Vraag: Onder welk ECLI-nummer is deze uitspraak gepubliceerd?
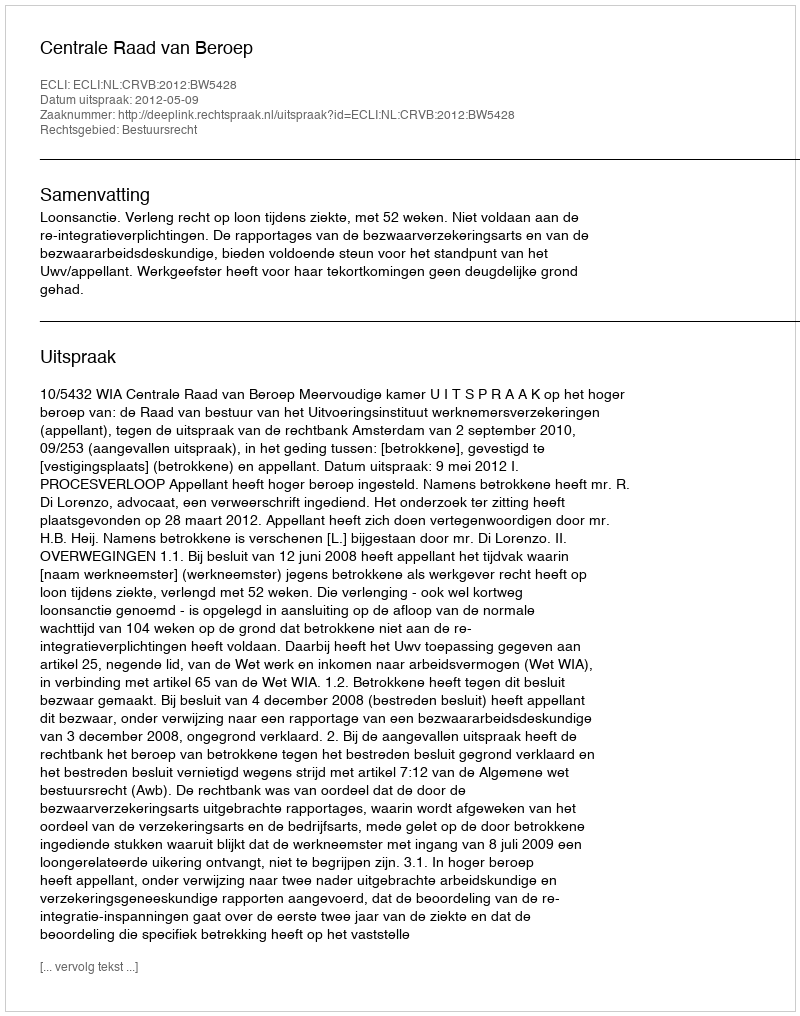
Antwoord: ECLI:NL:CRVB:2012:BW5428